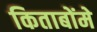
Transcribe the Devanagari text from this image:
किताबोंमे